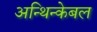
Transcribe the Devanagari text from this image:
अन्थिन्केबल